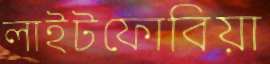
লাইটফোবিয়া